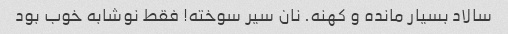
سالاد بسیار مانده و کهنه. نان سیر سوخته! فقط نوشابه خوب بود